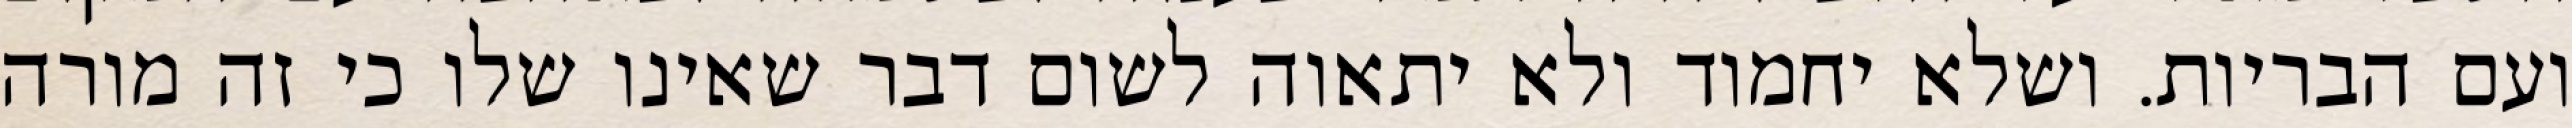
ועם הבריות. ושלא יחמוד ולא יתאוה לשום דבר שאינו שלו כי זה מורה